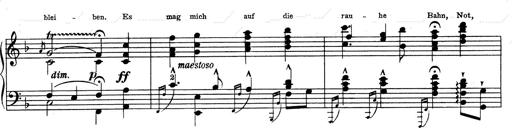
Title: Weinen, Klagen, Sorgen, Zagen
Composer: Franz Liszt